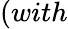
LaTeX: (with